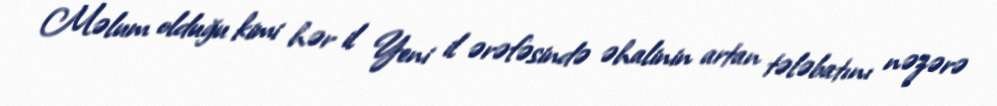
Məlum olduğu kimi hər il Yeni il ərəfəsində əhalinin artan tələbatını nəzərə